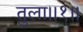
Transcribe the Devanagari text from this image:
तुला।।१।।